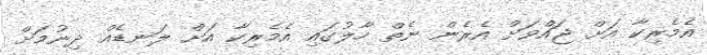
އެމެރިކާ އަށް ޖައްވަށް އެރެން ނެތް ހާލުގައި އެމެރިކާ އަށް ލަނޑެއް ދިނުމަށް